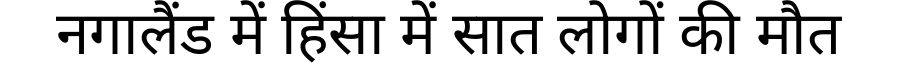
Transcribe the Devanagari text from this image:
नगालैंड में हिंसा में सात लोगों की मौत